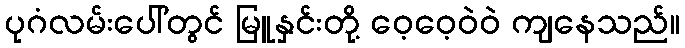
ပုဂံလမ်းပေါ်တွင် မြူနှင်းတို့ ဝေ့ဝေ့ဝဲဝဲ ကျနေသည်။